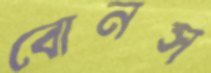
বোনস